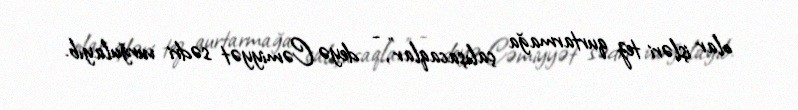
olar işləri tez qurtarmağa çalışacaqlar", - deyə Cəmiyyət sədri vurğulayıb.